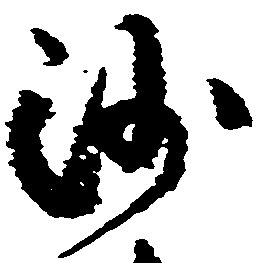
沙